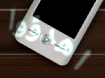
اهدؤوا